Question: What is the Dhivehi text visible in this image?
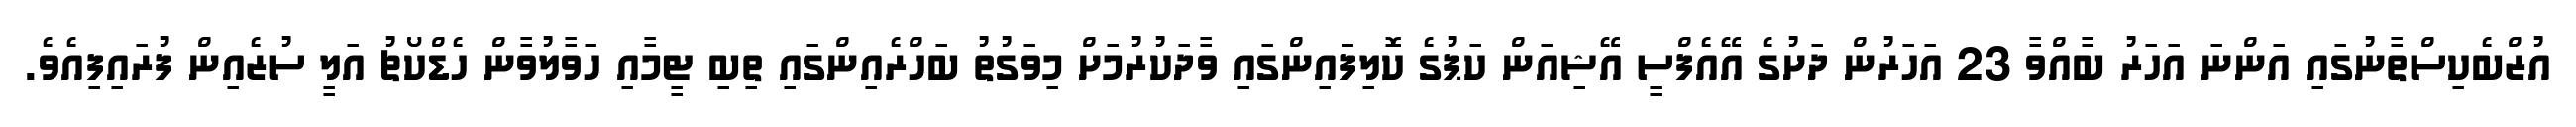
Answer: އުޒްބެކިސްތާނުގައި އަންނަ އަހަރު ބާއްވާ 23 އަހަރުން ދަށުގެ އޭއެފްސީ އޭޝިއަން ކަޕުގެ ކޮލިފައިންގައި ވާދަކުރުމަށް މިވަގުތު ބަހްރެއިންގައި ތިބި ޓީމާއި ހަވާލުވާން ހެޑްކޯޗު އަލީ ސުޒެއިން ފުރައިފިއެވެ.